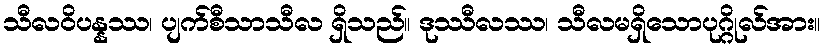
သီလဝိပန္နဿ၊ ပျက်စီသာသီလ ရှိသည်။ ဒုဿီလဿ၊ သီလမရှိသောပုဂ္ဂိုလ်အား။